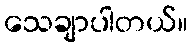
သေချာပါတယ်။